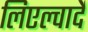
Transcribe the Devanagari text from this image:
लिएल्वार्दे